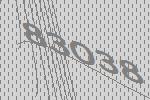
83038